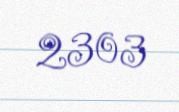
2303